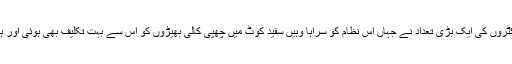
اپنے پیشے سے مخلص ڈاکٹروں کے لیے اس نظام میں بڑی کشش ہونے کی وجہ سے ڈاکٹروں کی ایک بڑی تعداد نے جہاں اس نظام کو سراہا وہیں سفید کوٹ میں چھپی کالی بھیڑوں کو اس سے بہت تکلیف بھی ہوئی اور ہڑتالوں سے لیکر کورٹ کچہری تک، انہوں نے اس نظام کے خلاف دن رات کوششیں کی۔